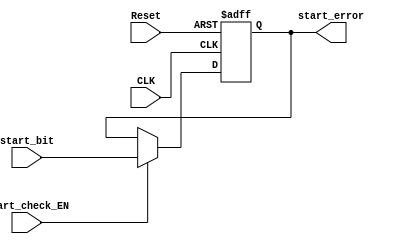
module start_check (
    // input & output ports
    input  wire       CLK,
    input  wire       Reset,
    input  wire       start_bit,      // START bit received 
    input  wire       start_check_EN, // enable signal 
    output reg        start_error
);

wire start_bit_check;
assign start_bit_check = start_bit == 1'b1;  // error if not 0

always @(posedge CLK, negedge Reset) begin
    if (!Reset) begin
        start_error <= 1'b0;
    end
    else if (start_check_EN) begin
        start_error <= start_bit_check;
    end
end

endmodule